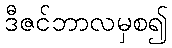
ဒီဇင်ဘာလမှစ၍